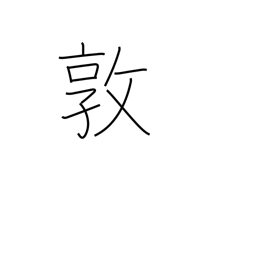
Meaning: industry